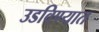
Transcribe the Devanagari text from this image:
उडविण्यात